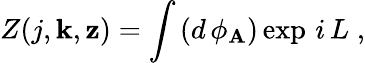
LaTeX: Z(j,\mathbf{k},\mathbf{z})=\int\, (d\, \phi_{\mathbf{A}})\exp\, i\, L\; ,